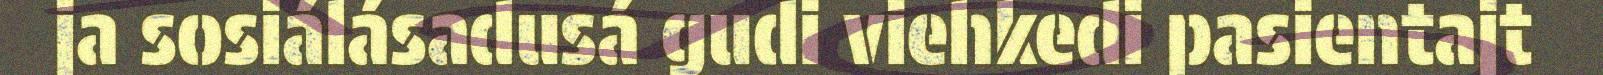
ja sosiálásadusá gudi viehkedi pasientajt